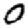
Digit: 0